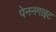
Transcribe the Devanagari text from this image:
पेननगाइट